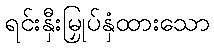
ရင်းနှီးမြှုပ်နှံထားသော